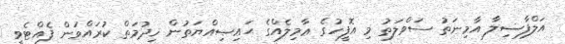
އަލްފާޟިލާ އާމިނަތު ސަވްލަތު މި އޮފީހުގެ ޢާމިލެއްގެ ޙައިޞިއްޔަތުން ޚިދުމަތް ކުރައްވަން ފެއްޓެވީ